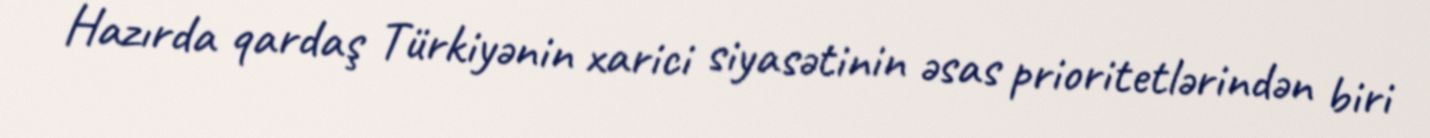
Hazırda qardaş Türkiyənin xarici siyasətinin əsas prioritetlərindən biri